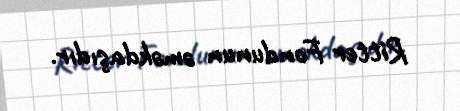
Ritter Fondunun əməkdaşıdır.